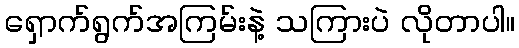
ရှောက်ရွက်အကြမ်းနဲ့ သကြားပဲ လိုတာပါ။